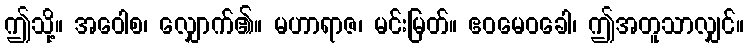
ဤသို့။ အဝေါစ၊ လျှောက်၏။ မဟာရာဇ၊ မင်းမြတ်။ ဧဝမေဝခေါ၊ ဤအတူသာလျှင်။